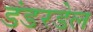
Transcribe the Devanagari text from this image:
डंडरडेल